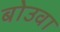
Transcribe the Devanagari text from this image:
बोउवा